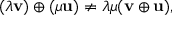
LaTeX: ( \lambda \mathbf { v } ) \oplus ( \mu \mathbf { u } ) \neq \lambda \mu ( \mathbf { v } \oplus \mathbf { u } ) ,